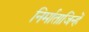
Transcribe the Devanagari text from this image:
निर्माताजिन्हें